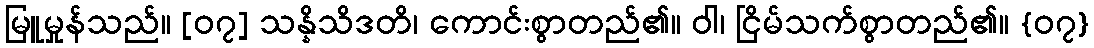
မြူမှုန်သည်။ [၀၇] သန္နိသိဒတိ၊ ကောင်းစွာတည်၏။ ဝါ၊ ငြိမ်သက်စွာတည်၏။ {၀၇}